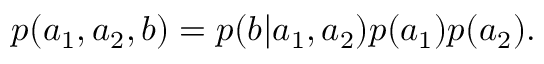
\begin{array} { r } { p ( a _ { 1 } , a _ { 2 } , b ) = p ( b | a _ { 1 } , a _ { 2 } ) p ( a _ { 1 } ) p ( a _ { 2 } ) . } \end{array}